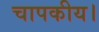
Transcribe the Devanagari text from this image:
चापकीय।